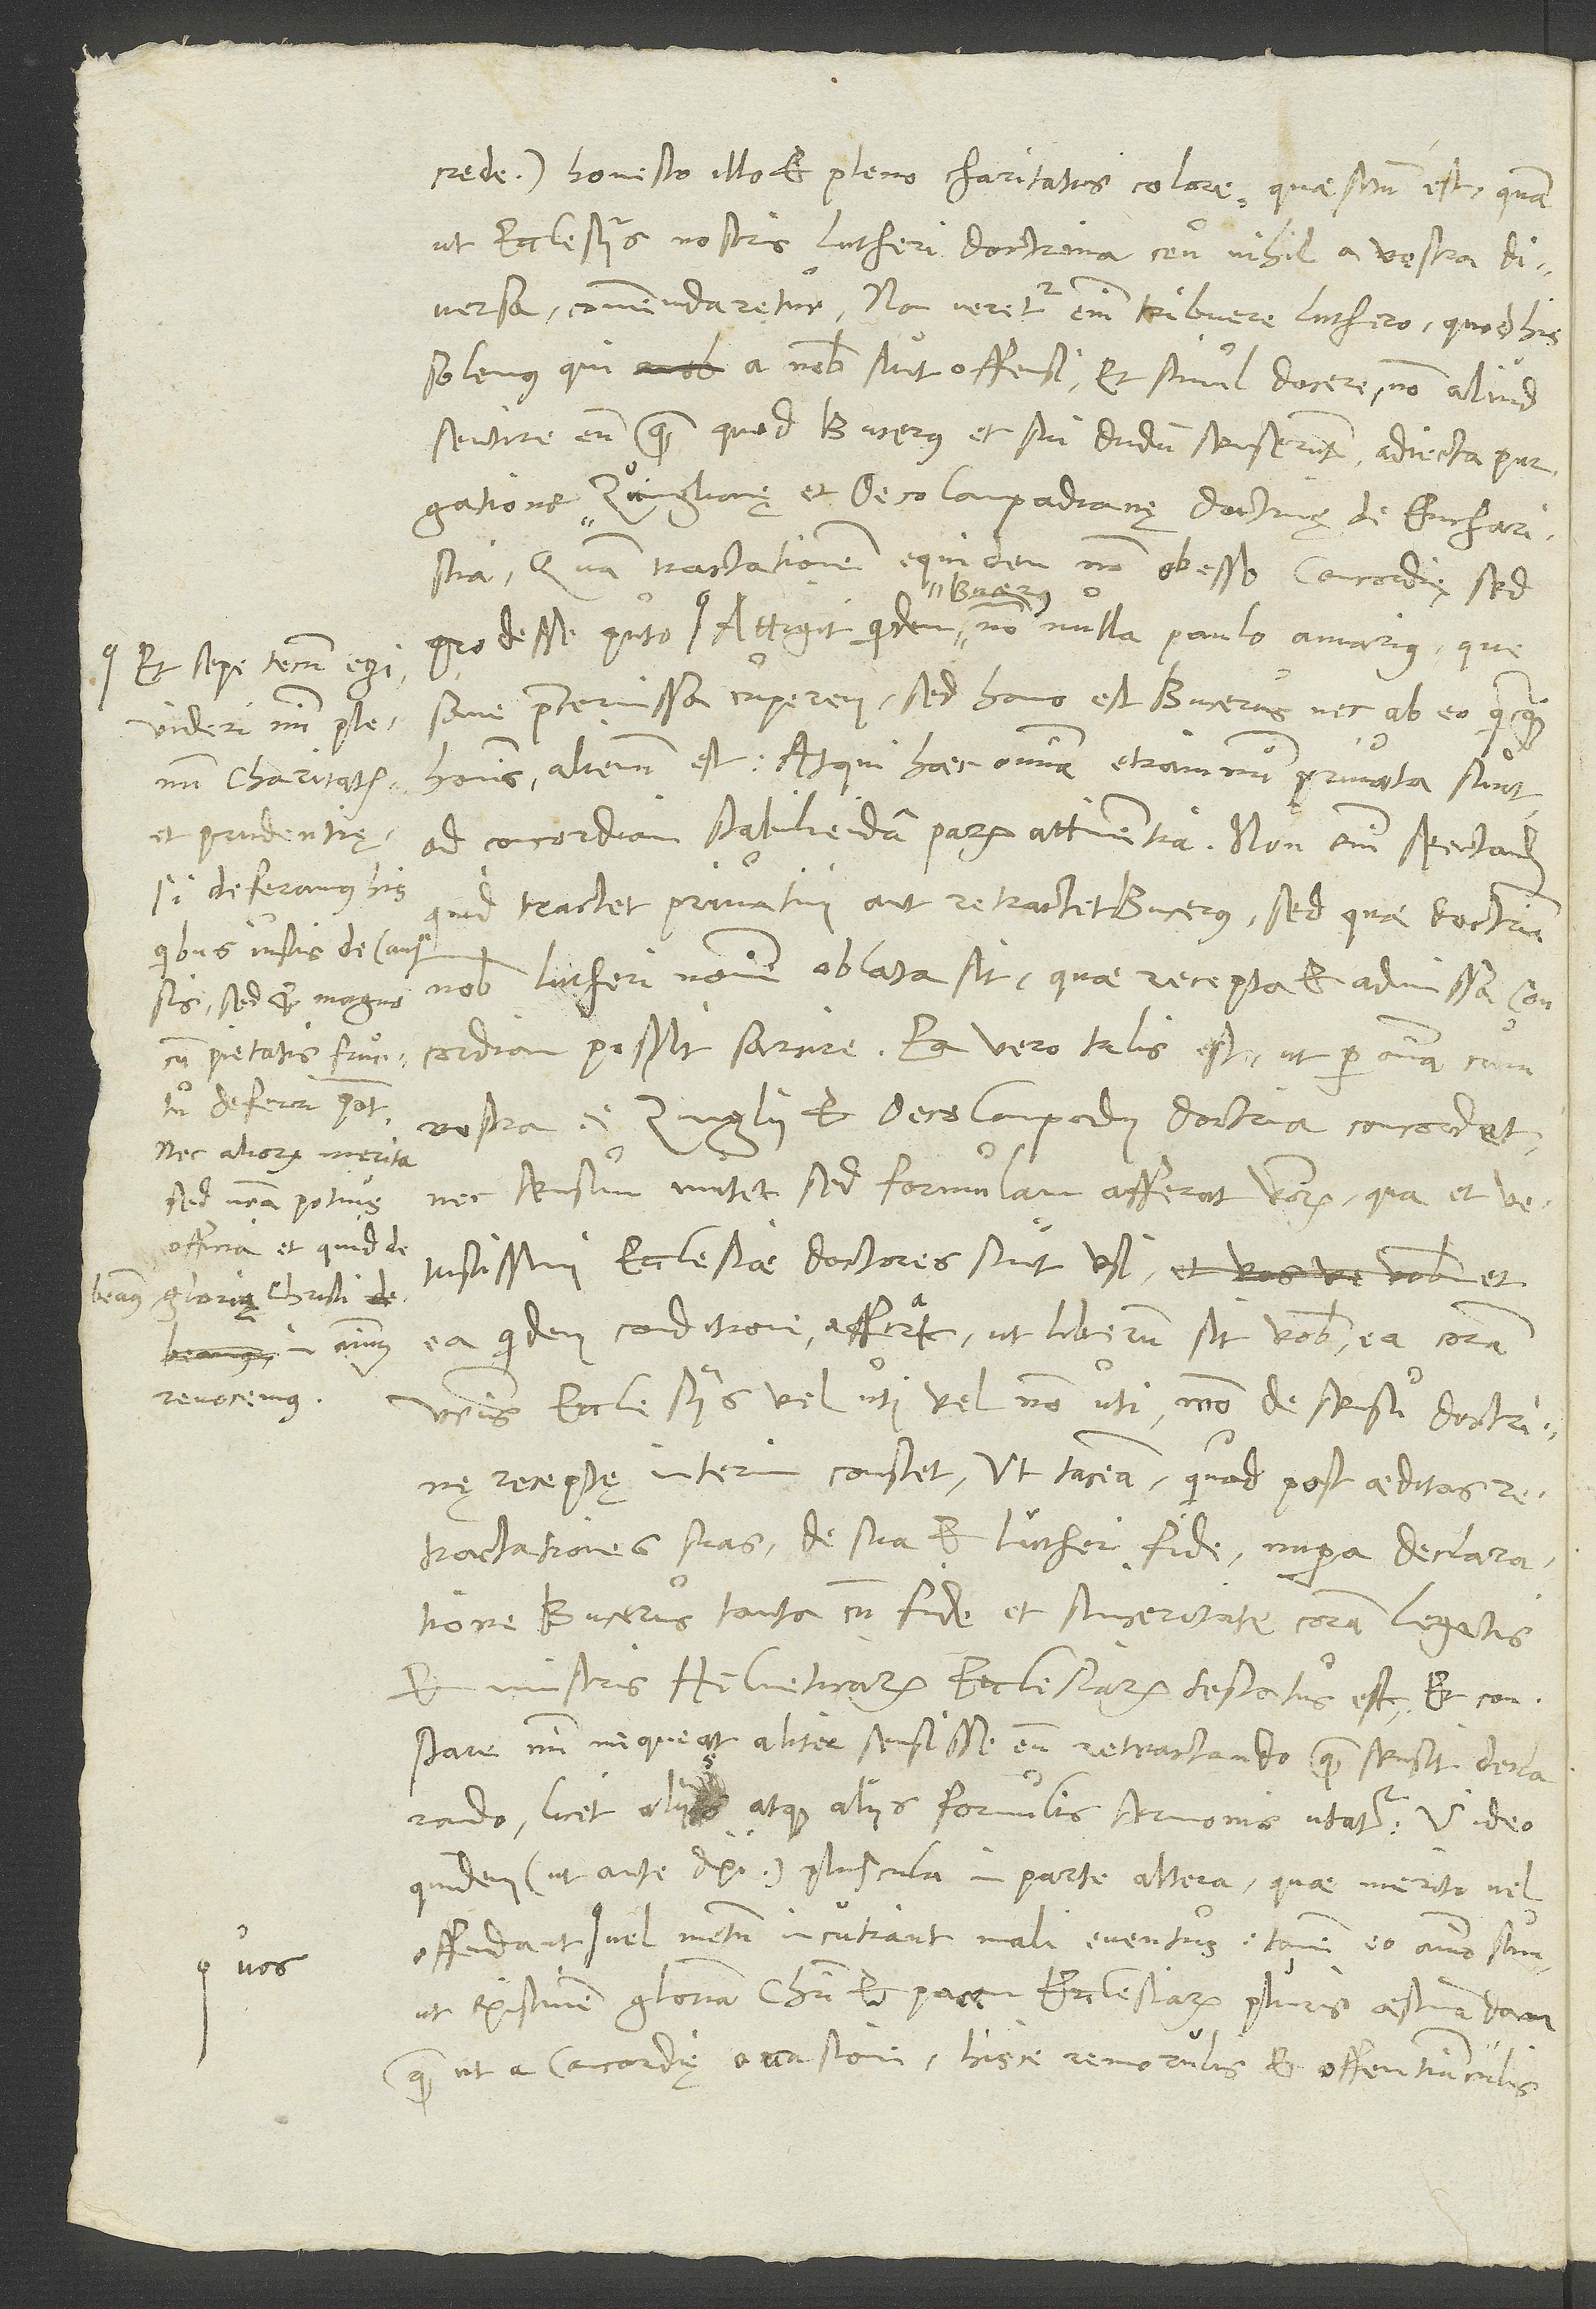
et sepe tecum egi
videri mihi plenum
et prudentię,
si deferamus his,
quibus iustis de caussis,
sed et magno
cum pietatis fructu
nec aliorum merita,
sed nostra potius
officia et quid
revocemus.

crede) honesto illo et pleno charitatis colore quaesitum est, quam
ut ecclesiis nostris Lutheri doctrina ceu nihil a vestra
diversa commendaretur. Non veretur enim tribuere Luthero, quod his
solemus, qui a nobis sunt offensi, et simul docere non aliud
sentire eum, quam quod Bucerus et sui dudum senserunt adiecta purgatione
Zvinglianę et Oecolampadianę doctrinę de eucharistia.
Quam tractationem equidem non obesse concordię, sed
S.
sane praetermissa cuperem. Sed homo est Bucerus, nec ab eo quicquam
hominis alienum est. Atqui haec omnia etiamnum privata sunt
ad concordiam stabiliendam parum attinentia. Non enim spectandum,
quid tractet privatim aut retractet Bucerus, sed quae doctrina
nobis Lutheri nomine oblata sit, quae recepta et admissa
concordiam possit sarcire. Ea vero talis est, ut per omnia cum
est Zinglii et Oecolampadii doctrina concordet
nec sensum mutet, sed formulam afferat verborum, qua et
vetustissimi ecclesiae doctores sunt usi, et
ea quidem conditione afferat, ut liberum sit vobis ea coram
vestris ecclesiis vel uti vel non uti, modo de sensu doctrine
receptę interim constet; ut taceam, quod post aeditas
retractationes suas de sua et Lutheri fide nupera declaratione
Bucerus tanta cum fide et sinceritate coram legatis
et ministris Helveticarum ecclesiarum testatus est. Et constare
mihi nequeat aliter sensisse eum retractando, quam sensit declarando,
licet aliis atque aliis formulis sermonis utatur. Video
quidem (ut ante dixi) pluscula in parte altera, quae merito vel
offendant vos vel metum incutiant mali eventus; tamen eo animo sum,
ut existimem gloriam Christi et pacem ecclesiarum pluris aestimandam,
quam ut a concordię occasione hisce remorulis et offentiunculis